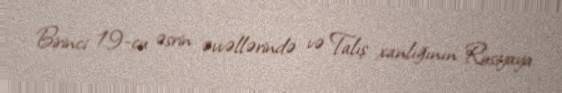
Birinci 19-cu əsrin əvvəllərində və Talış xanlığının Rusiyaya